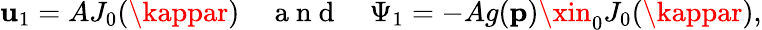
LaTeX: \mathbf{u}_{1}=AJ_{0}(\kappar)\quad\mathrm{{~a~n~d~}}\quad\Psi_{1}=-Ag(\mathbf{{p}})\xin_{0}J_{0}(\kappar),